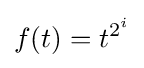
f(t)=t^{2^{i}}